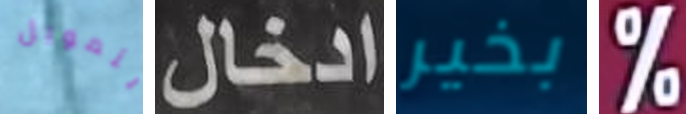
بتمويل ادخال بخير %